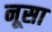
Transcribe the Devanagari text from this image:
नूसा